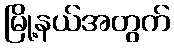
မြို့နယ်အတွက်